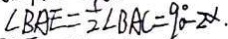
\angle B A E = \frac { 1 } { 2 } \angle B A C = 9 0 ^ { \circ } - 2 \alpha .